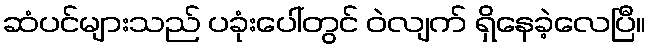
ဆံပင်များသည် ပခုံးပေါ်တွင် ဝဲလျက် ရှိနေခဲ့လေပြီ။